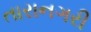
તારાનગરી